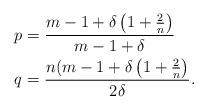
LaTeX: \begin{align*}& p=\frac{m-1+\delta\left(1+\frac 2 n \right)}{m-1+\delta} \\& q=\frac {n(m-1+\delta\left(1+\frac 2 n\right)}{2\delta}.\end{align*}